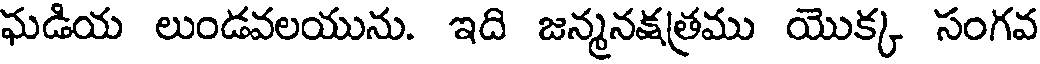
ఘడియ లుండవలయును. ఇది జన్మనక్షత్రము యొక్క సంగవ